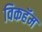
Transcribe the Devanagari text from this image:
विकहॅम